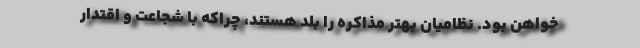
خواهن بود. نظامیان بهتر مذاکره را بلد هستند، چراکه با شجاعت و اقتدار